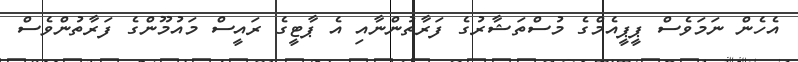
އެހެން ނަމަވެސް ޕީޕީއެމްގެ މުސްތަޝާރުގެ ފަރާތުންނާއި އެ ޕާޓީގެ ރައީސް މައުމޫންގެ ފަރާތުންވެސް